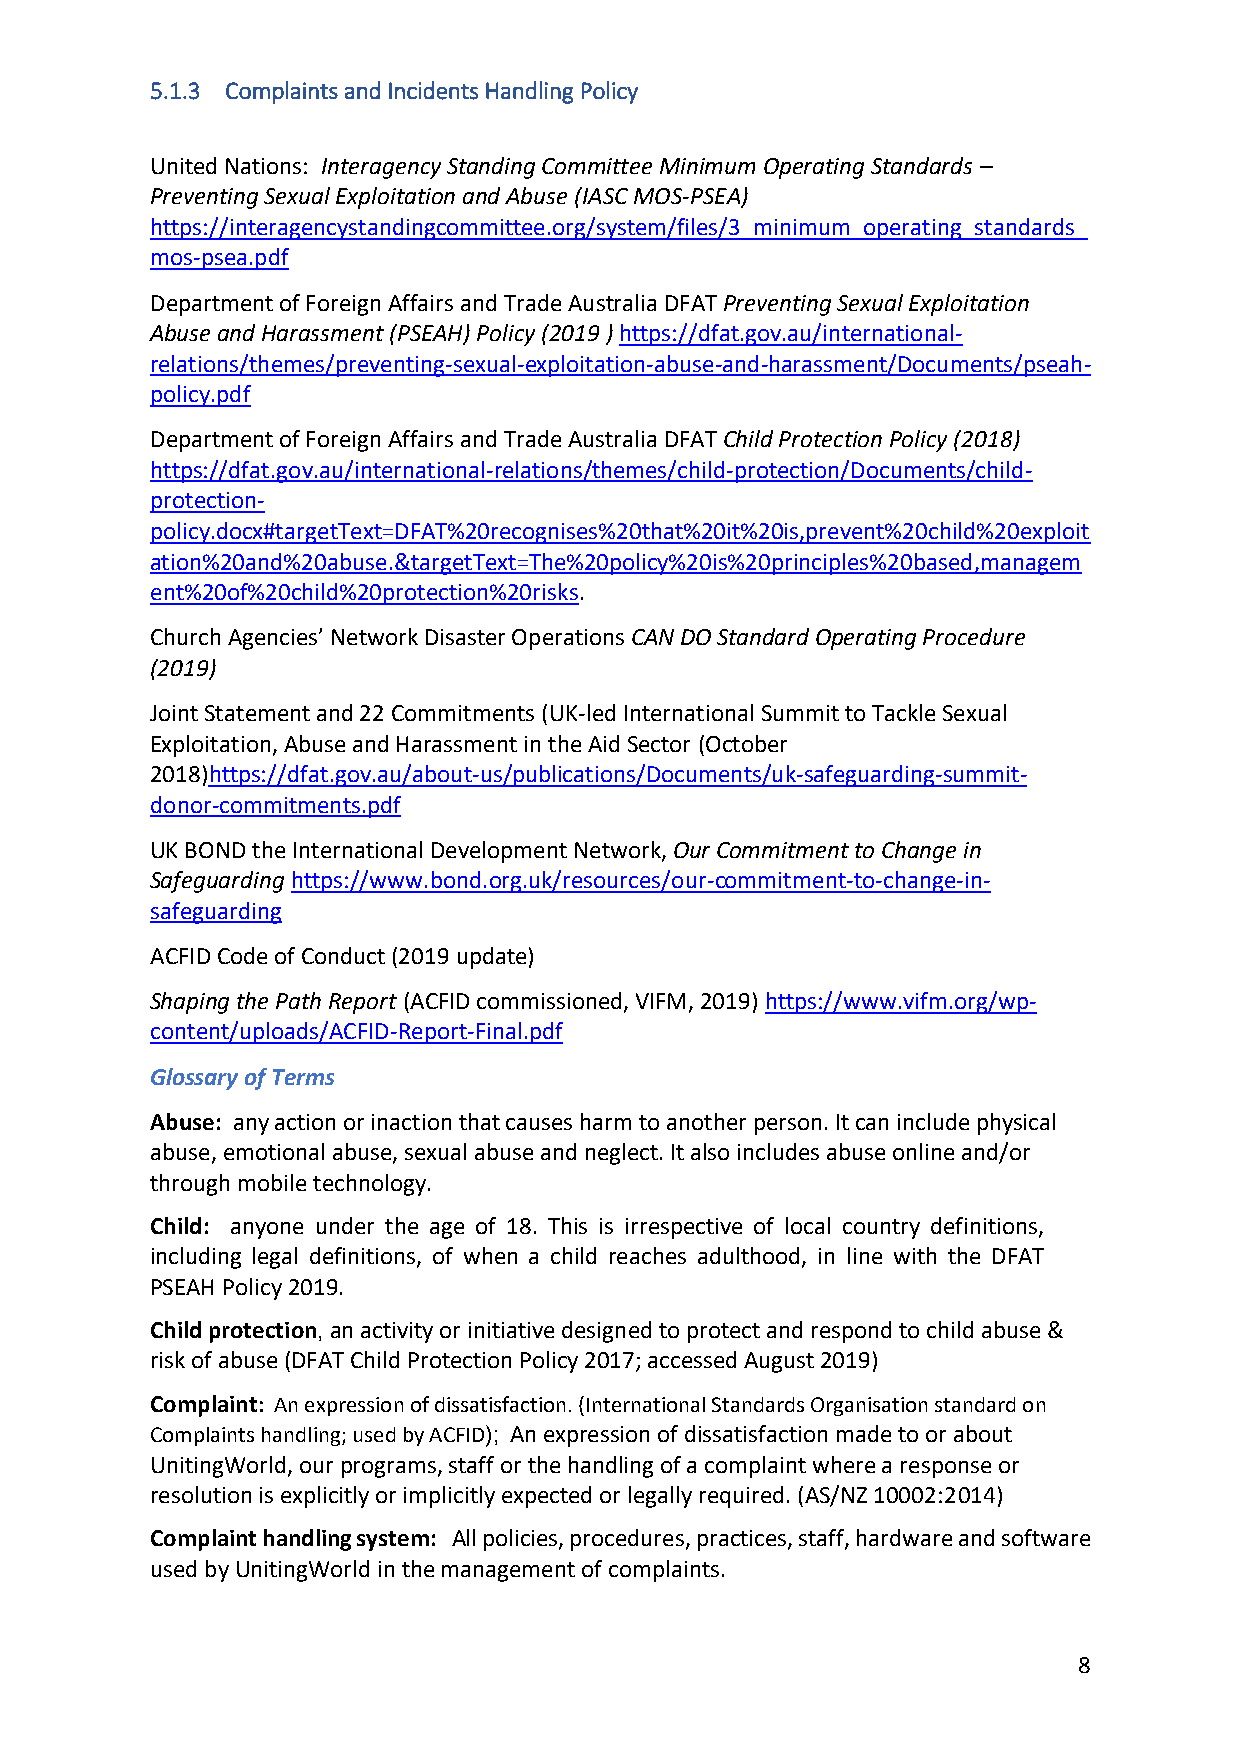
5.1.3 Complaints and Incidents Handling Policy
 United Nations: Interagency Standing Committee Minimum Operating Standards –
 Preventing Sexual Exploitation and Abuse (IASC MOS-PSEA)
 https://interagencystandingcommittee.org/system/files/3_minimum_operating_standards_
 mos-psea.pdf
 Department of Foreign Affairs and Trade Australia DFAT Preventing Sexual Exploitation
 Abuse and Harassment (PSEAH) Policy (2019 ) https://dfat.gov.au/international-
 relations/themes/preventing-sexual-exploitation-abuse-and-harassment/Documents/pseah-
 policy.pdf
 Department of Foreign Affairs and Trade Australia DFAT Child Protection Policy (2018)
 https://dfat.gov.au/international-relations/themes/child-protection/Documents/child-
 protection-
 policy.docx#targetText=DFAT%20recognises%20that%20it%20is,prevent%20child%20exploit
 ation%20and%20abuse.&targetText=The%20policy%20is%20principles%20based,managem
 ent%20of%20child%20protection%20risks.
 Church Agencies’ Network Disaster Operations CAN DO Standard Operating Procedure
 (2019)
 Joint Statement and 22 Commitments (UK-led International Summit to Tackle Sexual
 Exploitation, Abuse and Harassment in the Aid Sector (October
 2018)https://dfat.gov.au/about-us/publications/Documents/uk-safeguarding-summit-
 donor-commitments.pdf
 UK BOND the International Development Network, Our Commitment to Change in
 Safeguarding https://www.bond.org.uk/resources/our-commitment-to-change-in-
 safeguarding
 ACFID Code of Conduct (2019 update)
 Shaping the Path Report (ACFID commissioned, VIFM, 2019) https://www.vifm.org/wp-
 content/uploads/ACFID-Report-Final.pdf
 Glossary of Terms
 Abuse: any action or inaction that causes harm to another person. It can include physical
 abuse, emotional abuse, sexual abuse and neglect. It also includes abuse online and/or
 through mobile technology.
 Child: anyone under the age of 18. This is irrespective of local country definitions,
 including legal definitions, of when a child reaches adulthood, in line with the DFAT
 PSEAH Policy 2019.
 Child protection, an activity or initiative designed to protect and respond to child abuse &
 risk of abuse (DFAT Child Protection Policy 2017; accessed August 2019)
 Complaint: An expression of dissatisfaction. (International Standards Organisation standard on
 Complaints handling; used by ACFID); An expression of dissatisfaction made to or about
 UnitingWorld, our programs, staff or the handling of a complaint where a response or
 resolution is explicitly or implicitly expected or legally required. (AS/NZ 10002:2014)
 Complaint handling system: All policies, procedures, practices, staff, hardware and software
 used by UnitingWorld in the management of complaints.
 8